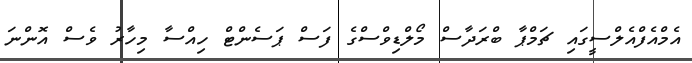
އެމްއެފްއެލްސީގައި ޗަމްޕާ ބްރަދާސް މޯލްޑިވްސްގެ ފަސް ޕަސެންޓް ހިއްސާ މިހާރު ވެސް އޮންނަ